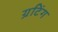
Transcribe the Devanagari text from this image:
ग्रटिंग